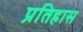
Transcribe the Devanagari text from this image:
प्रतिहास